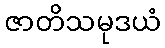
ဇာတိသမုဒယံ